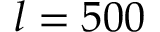
l = 5 0 0